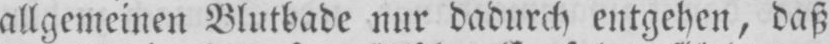
allgemeinen Blutbade nur dadurch entgehen, daß